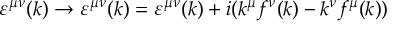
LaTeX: \varepsilon ^ { \mu \nu } ( k ) \rightarrow \varepsilon ^ { \mu \nu } ( k ) = \varepsilon ^ { \mu \nu } ( k ) + i ( k ^ { \mu } f ^ { \nu } ( k ) - k ^ { \nu } f ^ { \mu } ( k ) )